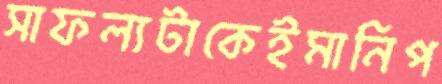
সাফল্যটাকেইমানিপ